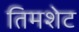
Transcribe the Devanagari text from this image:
तिमशेट